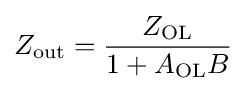
Z_{\text{out}}={\frac {Z_{\text{OL}}}{1+A_{\text{OL}}B}}